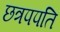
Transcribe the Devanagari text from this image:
छत्रपपति